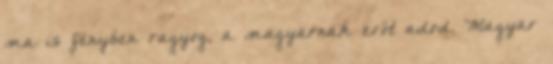
ma is fényben ragyog, a magyarnak erőt adod. Magyar